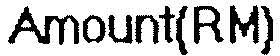
AMOUNT(RM)